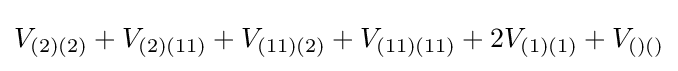
V_{(2)(2)}+V_{(2)(11)}+V_{(11)(2)}+V_{(11)(11)}+2V_{(1)(1)}+V_{()()}